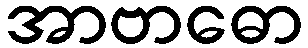
အာဗာဓော